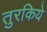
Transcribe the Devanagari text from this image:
तुरकिये